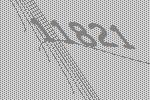
11821